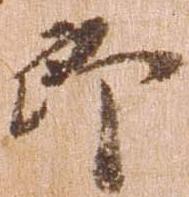
郎